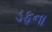
ડફના